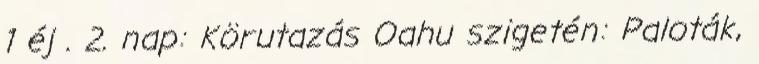
1 éj . 2. nap: Körutazás Oahu szigetén: Paloták,